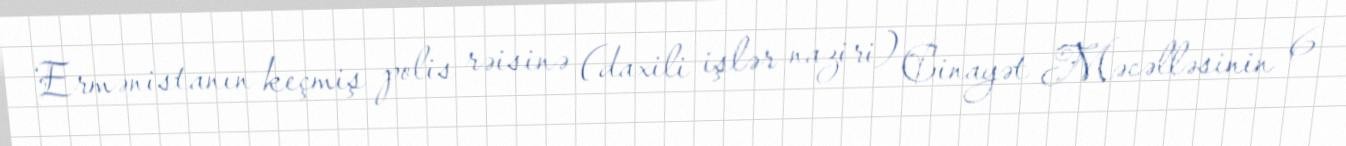
Ermənistanın keçmiş polis rəisinə (daxili işlər naziri) Cinayət Məcəlləsinin 6